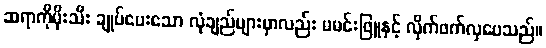
ဆရာကိုမိုးသီး ချုပ်ပေးသော လုံချည်များမှာလည်း မမင်းဖြူနှင့် လိုက်ဖက်လှပေသည်။